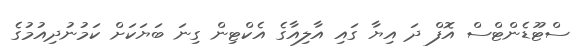
ސްޓޫޑެންޓްސް އޮފް ދަ އިޔާ ގައި އާލިއާގެ އެކްޓިން ގިނަ ބަޔަކަށް ކަމުނުދިއުމުގެ